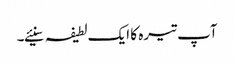
آپ تیرہ کا ایک لطیفہ سنیئے۔